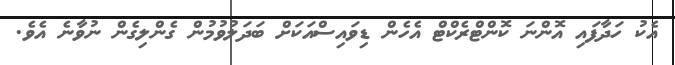
އެކު ހަދާފައި އޮންނަ ކޮންޓްރެކްޓް އެހެން ޑިވައިސްއަކަށް ބަދަލުވުމުން ގެންލިގެން ނުވާނެ އެވެ.